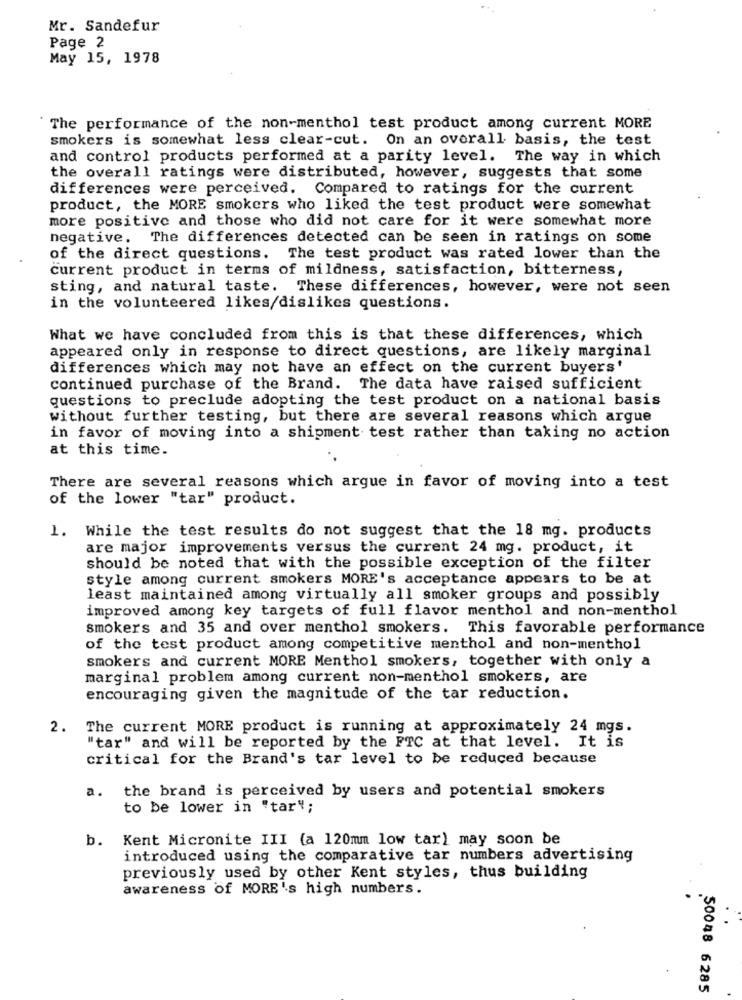
Mr. Sandefur
Page 2
May 15, 1978
The performance of the non-menthol test product among current MORE
smokers is somewhat less clear-cut. On an overall basis, the test
and control products performed at a parity level. The way in which
the overall ratings were distributed, however, suggests that some
differences were perceived. Compared to ratings for the current
product, the MORE smokers who liked the test product were somewhat
more positive and those who did not care for it were somewhat more
negative. The differences detected can be seen in ratings on some
of the direct questions. The test product was rated lower than the
current product in terms of mildness, satisfaction, bitterness,
sting, and natural taste. These differences, however, were not seen
in the volunteered likes/dislikes questions.
What we have concluded from this is that these differences, which
appeared only in response to direct questions, are likely marginal
differences which may not have an effect on the current buyers'
continued purchase of the Brand. The data have raised sufficient
questions to preclude adopting the test product on a national basis
without further testing, but there are several reasons which argue
in favor of moving into a shipment test rather than taking no action
at this time.
There are several reasons which argue in favor of moving into a test
of the lower "tar" product.
1. While the test results do not suggest that the 18 mg. products
are major improvements versus the current 24 mg. product, it
should be noted that with the possible exception of the filter
style among current smokers MORE's acceptance appears to be at
least maintained among virtually all smoker groups and possibly
improved among key targets of full flavor menthol and non-menthol
smokers and 35 and over menthol smokers. This favorable performance
of the test product among competitive menthol and non-menthol
smokers and current MORE Menthol smokers, together with only a
marginal problem among current non-menthol smokers, are
encouraging given the magnitude of the tar reduction.
2.
The current MORE product is running at approximately 24 mgs.
"tar" and will be reported by the FTC at that level. It is
critical for the Brand's tar level to be reduced because
the brand is perceived by users and potential smokers
a.
to be lower in "tar";
b. Kent Micronite III (a 120mm low tar) may soon be
introduced using the comparative tar numbers advertising
previously used by other Kent styles, thus building
awareness of MORE's high numbers.
50048 6285